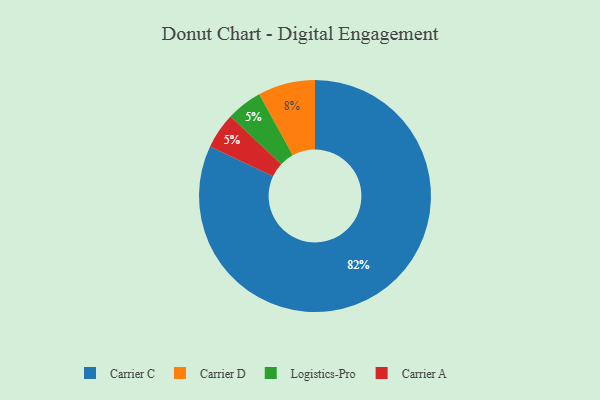
{"axis": {"x": "Category", "y": "Percentage"}, "legend": ["Carrier A", "Carrier C", "Carrier D", "Logistics-Pro"], "data": [{"x": "Carrier D", "y": 8, "type": "Carrier D"}, {"x": "Logistics-Pro", "y": 5, "type": "Logistics-Pro"}, {"x": "Carrier C", "y": 82, "type": "Carrier C"}, {"x": "Carrier A", "y": 5, "type": "Carrier A"}]}